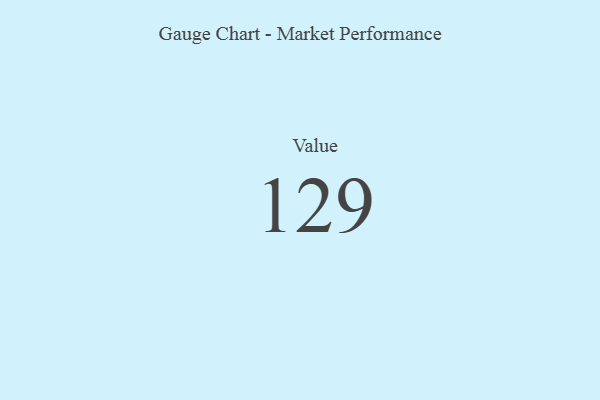
{"axis": {"x": "Metric", "y": "Value"}, "legend": [""], "data": [{"x": "Value", "y": 129, "type": ""}]}